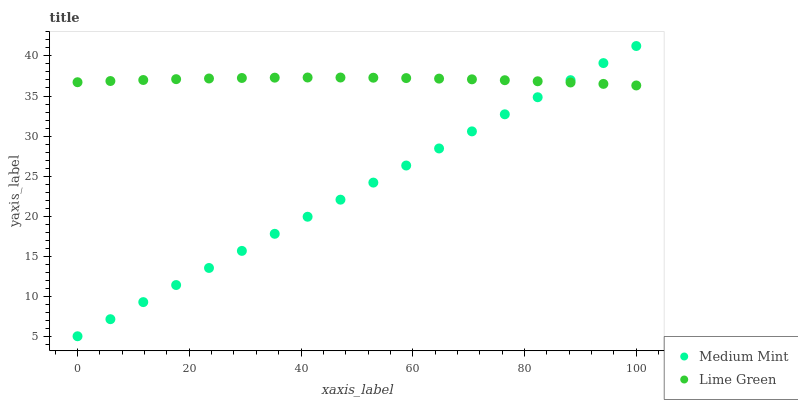
| xaxis_label | Medium Mint | Lime Green |
 | --- | --- | --- |
 | 0 | 5 | 36.7 |
 | 5.88 | 7.13 | 36.9 |
 | 11.8 | 9.26 | 37 |
 | 17.6 | 11.4 | 37.1 |
 | 23.5 | 13.5 | 37.2 |
 | 29.4 | 15.7 | 37.3 |
 | 35.3 | 17.8 | 37.3 |
 | 41.2 | 19.9 | 37.3 |
 | 47.1 | 22.1 | 37.3 |
 | 52.9 | 24.2 | 37.3 |
 | 58.8 | 26.3 | 37.2 |
 | 64.7 | 28.5 | 37.2 |
 | 70.6 | 30.6 | 37.1 |
 | 76.5 | 32.7 | 37 |
 | 82.4 | 34.8 | 36.8 |
 | 88.2 | 37 | 36.7 |
 | 94.1 | 39.1 | 36.5 |
 | 100 | 41.2 | 36.3 |